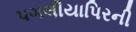
પગલીયાપિરની